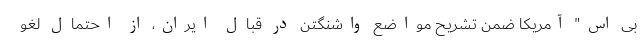
بی اس" آمریکا ضمن تشریح مواضع واشنگتن در قبال ایران، از احتمال لغو